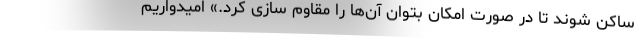
ساکن شوند تا در صورت امکان بتوان آن‌ها را مقاوم سازی کرد.» امیدواریم